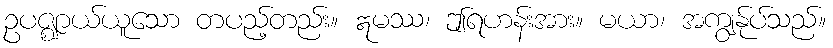
ဥပဇ္ဈာယ်ယူသော တပည့်တည်း။ ဣမဿ၊ ဤရဟန်းအား။ မယာ၊ အကျွန်ုပ်သည်။